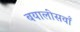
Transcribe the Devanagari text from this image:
बयालीसवाँ